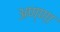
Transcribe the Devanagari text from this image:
अण्‍णा